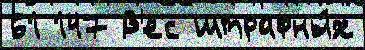
61 147 В'ес штрафны́х